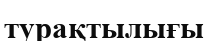
турақтылығы